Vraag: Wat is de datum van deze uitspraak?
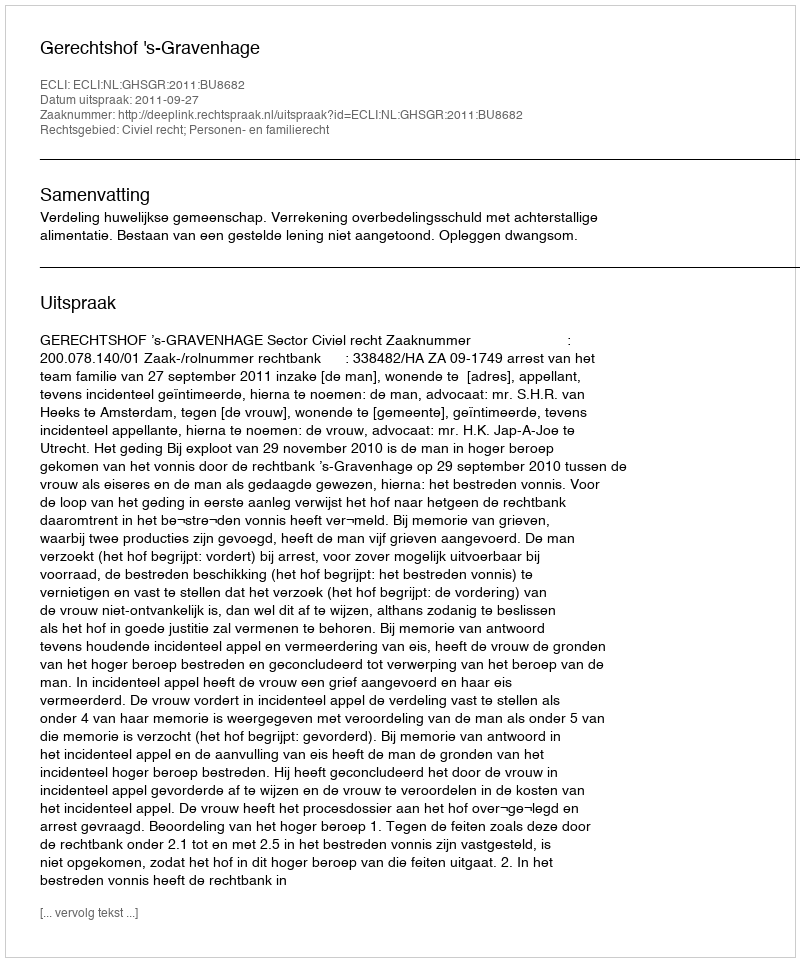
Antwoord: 2011-09-27